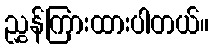
ညွှန်ကြားထားပါတယ်။